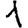
Digit: 1